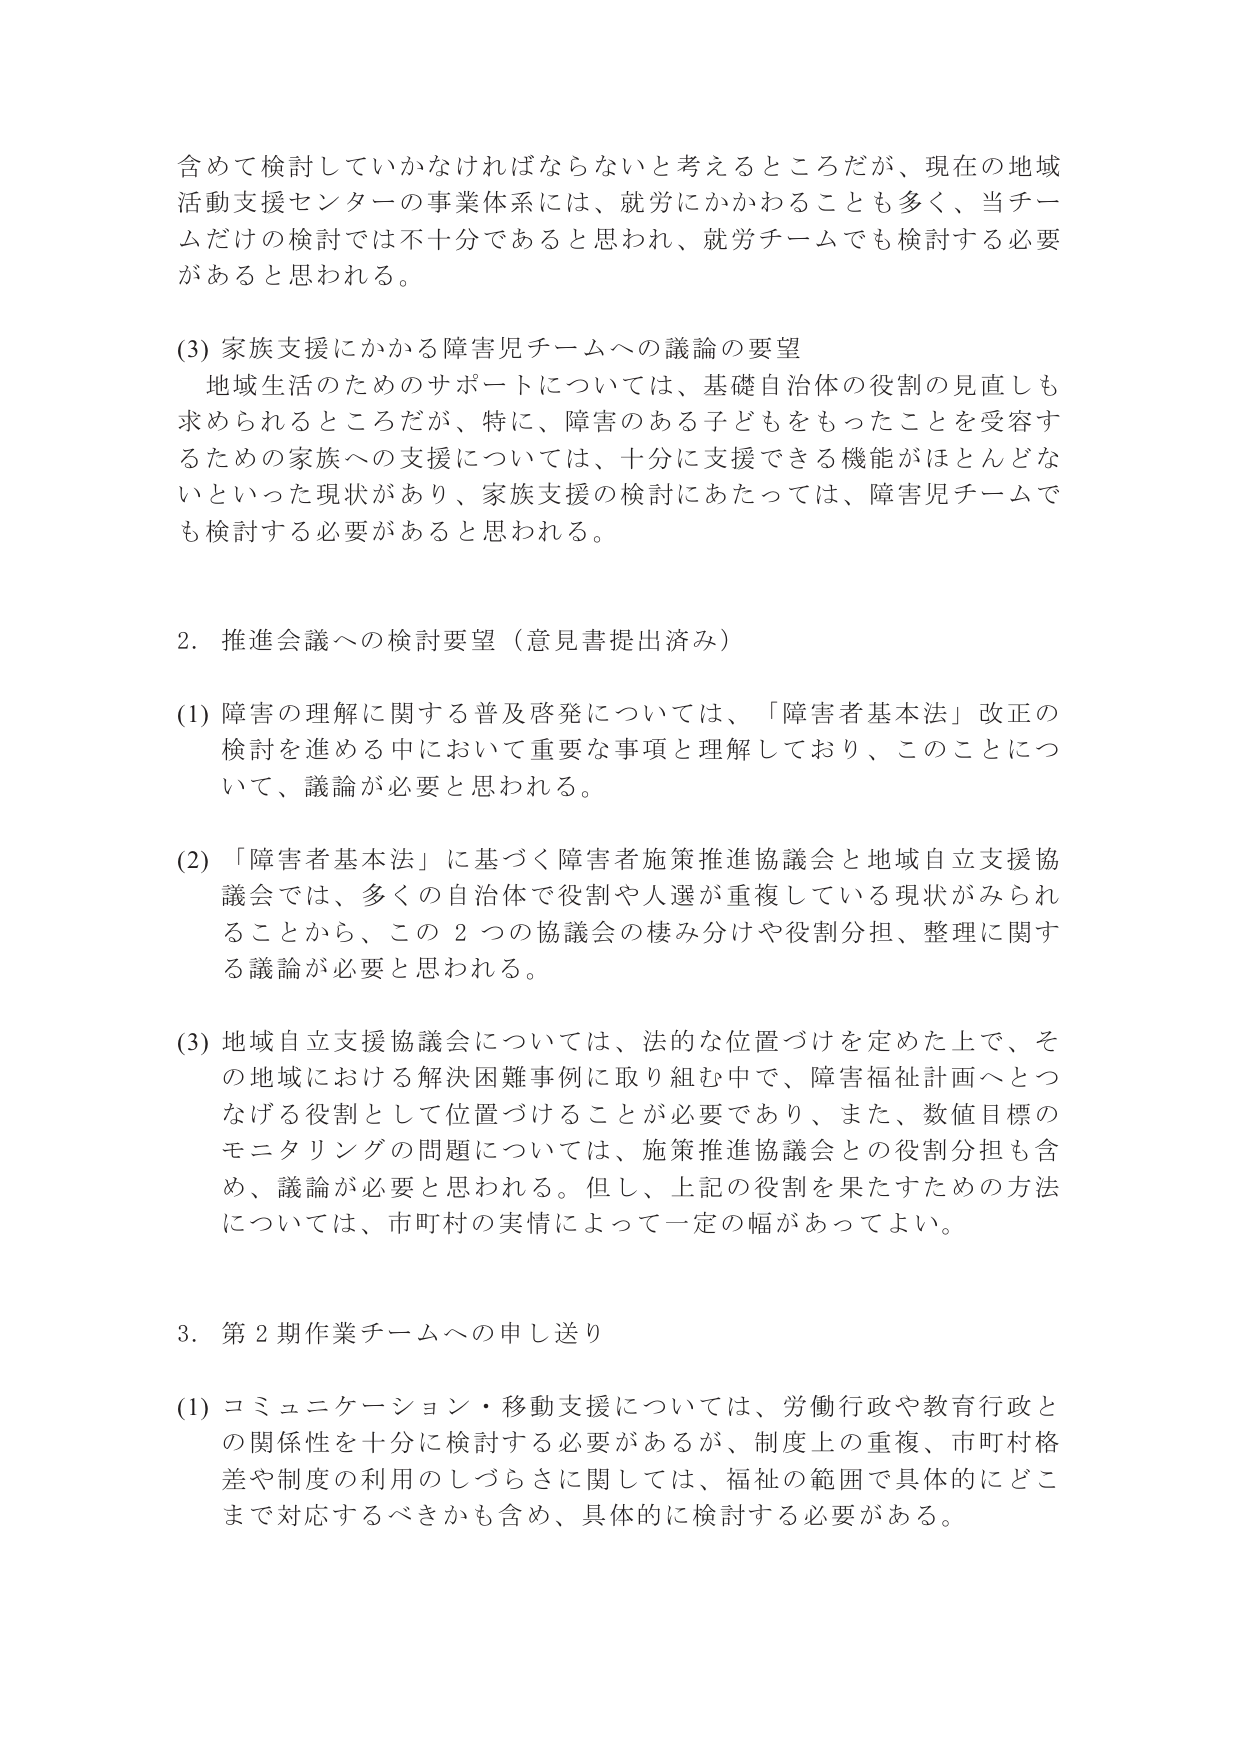
含めて検討していかなければならないと考えるところだが、現在の地域
活動支援センターの事業体系には、就労にかかわることも多く、当チームだけの検討では不十分であると思われ、就労チームでも検討する必要
があると思われる。

(3) 家族支援にかかる障害児チームへの議論の要望
　地域生活のためのサポートについては、基礎自治体の役割の見直しも
求められるところだが、特に、障害のある子どもをもったことを受容す
るための家族への支援については、十分に支援できる機能がほとんどな
いといった現状があり、家族支援の検討にあたっては、障害児チームで
も検討する必要があると思われる。

2. 推進会議への検討要望（意見書提出済み）

(1) 障害の理解に関する普及啓発については、「障害者基本法」改正の
検討を進める中において重要な事項と理解しており、このことにつ
いて、議論が必要と思われる。

(2) 「障害者基本法」に基づく障害者施策推進協議会と地域自立支援協
議会では、多くの自治体で役割や人選が重複している現状がみられ
ることから、この２つの協議会の棲み分けや役割分担、整理に関す
る議論が必要と思われる。

(3) 地域自立支援協議会については、法的な位置づけを定めた上で、そ
の地域における解決困難事例に取り組む中で、障害福祉計画へとつ
なげる役割として位置づけることが必要であり、また、数値目標の
モニタリングの問題については、施策推進協議会との役割分担も含
め、議論が必要と思われる。但し、上記の役割を果たすための方法
については、市町村の実情によって一定の幅があってよい。

3. 第2期作業チームへの申し送り

(1) コミュニケーション・移動支援については、労働行政や教育行政と
の関係性を十分に検討する必要があるが、制度上の重複、市町村格
差や制度の利用のしづらさに関しては、福祉の範囲で具体的にどこ
まで対応するべきかも含め、具体的に検討する必要がある。